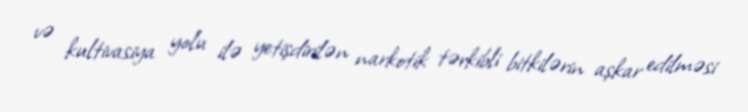
və kultivasiya yolu ilə yetişdirilən narkotik tərkibli bitkilərin aşkar edilməsi